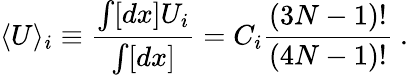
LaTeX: \langle U\rangle_{i}\equiv{\frac{\int[dx]U_{i}}{\int[dx]}}=C_{i}{\frac{(3N-1)!}{(4N-1)!}}~.